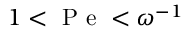
1 < \mathrm { ~ P ~ e ~ } < \omega ^ { - 1 }